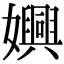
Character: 嬹